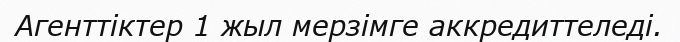
Агенттіктер 1 жыл мерзімге аккредиттеледі.